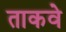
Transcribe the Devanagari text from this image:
ताकवे